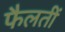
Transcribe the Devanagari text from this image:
फैलतीं